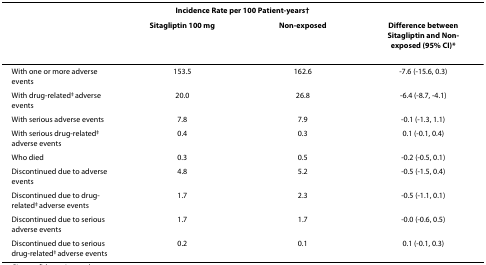
<table><thead><tr><td></td><td colspan="3"><b>Incidence Rate per 100 Patient-years<sup>†</sup></b></td></tr><tr><td></td><td><b>Sitagliptin 100 mg</b></td><td><b>Non-exposed</b></td><td><b>Difference between Sitagliptin and Non-exposed (95% CI)*</b></td></tr></thead><tbody><tr><td>With one or more adverse events</td><td>153.5</td><td>162.6</td><td>-7.6 (-15.6, 0.3)</td></tr><tr><td>With drug-related<sup>‡ </sup>adverse events</td><td>20.0</td><td>26.8</td><td>-6.4 (-8.7, -4.1)</td></tr><tr><td>With serious adverse events</td><td>7.8</td><td>7.9</td><td>-0.1 (-1.3, 1.1)</td></tr><tr><td>With serious drug-related<sup>‡ </sup>adverse events</td><td>0.4</td><td>0.3</td><td>0.1 (-0.1, 0.4)</td></tr><tr><td>Who died</td><td>0.3</td><td>0.5</td><td>-0.2 (-0.5, 0.1)</td></tr><tr><td>Discontinued due to adverse events</td><td>4.8</td><td>5.2</td><td>-0.5 (-1.5, 0.4)</td></tr><tr><td>Discontinued due to drug-related<sup>‡ </sup>adverse events</td><td>1.7</td><td>2.3</td><td>-0.5 (-1.1, 0.1)</td></tr><tr><td>Discontinued due to serious adverse events</td><td>1.7</td><td>1.7</td><td>-0.0 (-0.6, 0.5)</td></tr><tr><td>Discontinued due to serious drug-related<sup>‡ </sup>adverse events</td><td>0.2</td><td>0.1</td><td>0.1 (-0.1, 0.3)</td></tr></tbody></table>